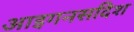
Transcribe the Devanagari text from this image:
आइगनसदिश